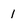
Character: l